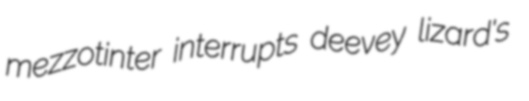
mezzotinter interrupts deevey lizard's